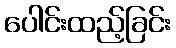
ပေါင်းထည့်ခြင်း